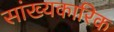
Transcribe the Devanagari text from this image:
सांख्यकारिक